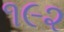
૧૯૨